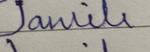
Signature authenticity: forged